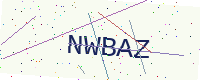
Text: NWBAZ